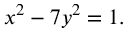
x ^ { 2 } - 7 y ^ { 2 } = 1 .